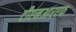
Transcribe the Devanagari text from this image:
टीएनआरएफ